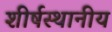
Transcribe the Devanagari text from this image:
शीर्षस्थानीय